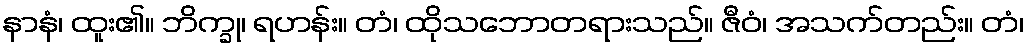
နာနံ၊ ထူး၏။ ဘိက္ခု၊ ရဟန်း။ တံ၊ ထိုသဘောတရားသည်။ ဇီဝံ၊ အသက်တည်း။ တံ၊